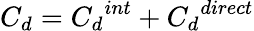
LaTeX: C_{d}={C_{d}}^{int}+{C_{d}}^{direct}